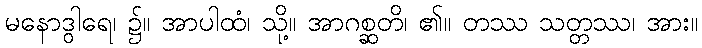
မနောဒွါရေ၊ ၌။ အာပါထံ၊ သို့။ အာဂစ္ဆတိ၊ ၏။ တဿ သတ္တဿ၊ အား။